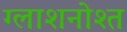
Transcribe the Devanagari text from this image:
ग्लाशनोश्त